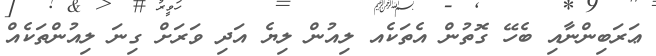
ޢަރަބިންނާއި ބެހޭ ގޮތުން އެތަކެއ ލިއުން ލިޔެ އަދި ވަރަށް ގިނަ ލިއުންތަކެއް